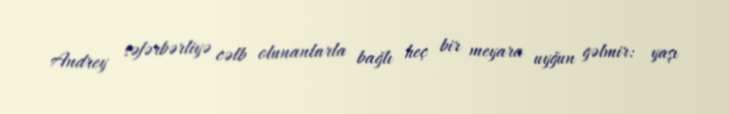
Andrey səfərbərliyə cəlb olunanlarla bağlı heç bir meyara uyğun gəlmir: yaşı